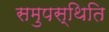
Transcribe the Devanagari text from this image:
समुपस्थिति